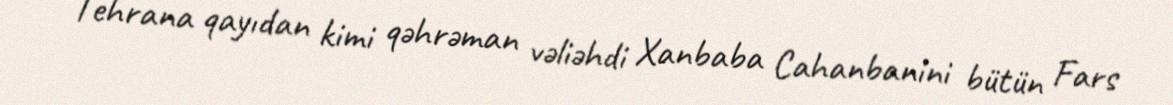
Tehrana qayıdan kimi qəhrəman vəliəhdi Xanbaba Cahanbanini bütün Fars